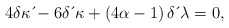
\begin{align*}4\delta \kappa \,\acute{}-6\delta \,\acute{}\, \kappa+\left( 4\alpha-1\right) \delta \,\acute{}\, \lambda=0, \end{align*}